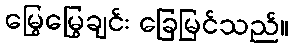
မြွေမြွေချင်း ခြေမြင်သည်။